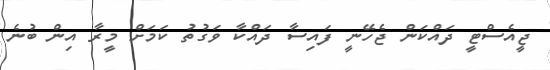
ޖީއެސްޓީ ދައްކަން ޖެހޭނީ ފައިސާ ދައްކާ ވަގުތު ކަމަށް މީރާ އިން ބުނެ